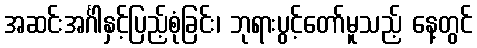
အဆင်းအင်္ဂါနှင့်ပြည့်စုံခြင်း၊ ဘုရားပွင့်တော်မူသည့် နေ့တွင်